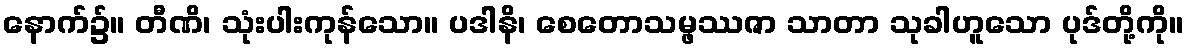
နောက်၌။ တီဏိ၊ သုံးပါးကုန်သော။ ပဒါနိ၊ စေတောသမ္ဖဿဇာ သာတာ သုခါဟူသော ပုဒ်တို့ကို။